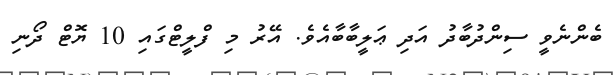
ބެންނެވީ ސިންދުބާދު އަދި ޢަލީބާބާއެވެ. އޭރު މި ފްލީޓްގައި 10 ޔޮޓް ދޯނި